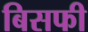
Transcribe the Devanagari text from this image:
बिसफी